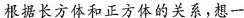
根据长方体和正方体的关系，想一